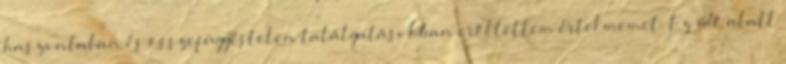
haszontalan és összefüggéstelen találgatásokban erőltettem értelmemet. Ez idő alatt